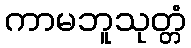
ကာမဘူသုတ္တံ